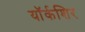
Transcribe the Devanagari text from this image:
यॉर्कशिर